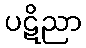
ပဋိညာ